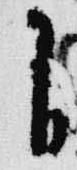
自